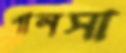
পানসা